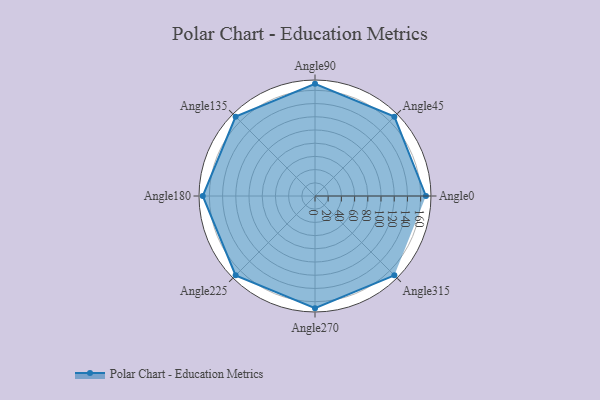
{"axis": {"x": "Angle", "y": "Radius"}, "legend": [""], "data": [{"x": "Angle0", "y": 168.0, "type": ""}, {"x": "Angle45", "y": 170, "type": ""}, {"x": "Angle90", "y": 170, "type": ""}, {"x": "Angle135", "y": 170, "type": ""}, {"x": "Angle180", "y": 170, "type": ""}, {"x": "Angle225", "y": 170, "type": ""}, {"x": "Angle270", "y": 170, "type": ""}, {"x": "Angle315", "y": 170, "type": ""}]}